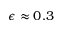
\epsilon \approx 0 . 3